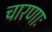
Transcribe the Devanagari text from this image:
चारणाः